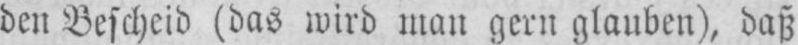
den Bescheid (das wird man gern glauben), daß